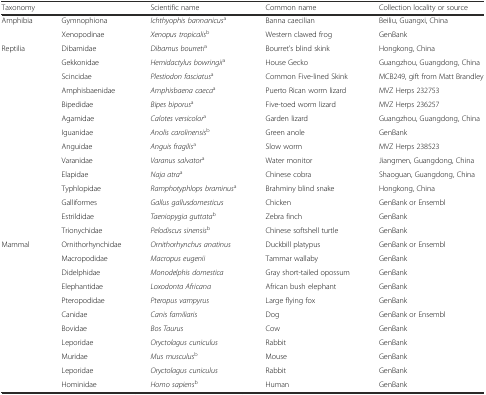
| <COLSPAN=2> Taxonomy | Scientific name | Common name | Collection locality or source |
 | --- | --- | --- | --- | --- |
 | Amphibia | Gymnophiona | Ichthyophis bannanicusa | Banna caecilian | Beiliu, Guangxi, China |
 |  | Xenopodinae | Xenopus tropicalisb | Western clawed frog | GenBank |
 | Reptilia | Dibamidae | Dibamus bourretia | Bourret's blind skink | Hongkong, China |
 |  | Gekkonidae | Hemidactylus bowringiia | House Gecko | Guangzhou, Guangdong, China |
 |  | Scincidae | Plestiodon fasciatusa | Common Five-lined Skink | MCB249, gift from Matt Brandley |
 |  | Amphisbaenidae | Amphisbaena caecaa | Puerto Rican worm lizard | MVZ Herps 232753 |
 |  | Bipedidae | Bipes biporusa | Five-toed worm lizard | MVZ Herps 236257 |
 |  | Agamidae | Calotes versicolora | Garden lizard | Guangzhou, Guangdong, China |
 |  | Iguanidae | Anolis carolinensisb | Green anole | GenBank |
 |  | Anguidae | Anguis fragilisa | Slow worm | MVZ Herps 238523 |
 |  | Varanidae | Varanus salvatora | Water monitor | Jiangmen, Guangdong, China |
 |  | Elapidae | Naja atraa | Chinese cobra | Shaoguan, Guangdong, China |
 |  | Typhlopidae | Ramphotyphlops braminusa | Brahminy blind snake | Hongkong, China |
 |  | Galliformes | Gallus gallusdomesticus | Chicken | GenBank or Ensembl |
 |  | Estrildidae | Taeniopygia guttatab | Zebra finch | GenBank |
 |  | Trionychidae | Pelodiscus sinensisb | Chinese softshell turtle | GenBank |
 | Mammal | Ornithorhynchidae | Ornithorhynchus anatinus | Duckbill platypus | GenBank or Ensembl |
 |  | Macropodidae | Macropus eugenii | Tammar wallaby | GenBank |
 |  | Didelphidae | Monodelphis domestica | Gray short-tailed opossum | GenBank |
 |  | Elephantidae | Loxodonta Africana | African bush elephant | GenBank |
 |  | Pteropodidae | Pteropus vampyrus | Large flying fox | GenBank |
 |  | Canidae | Canis familiaris | Dog | GenBank or Ensembl |
 |  | Bovidae | Bos Taurus | Cow | GenBank |
 |  | Leporidae | Oryctolagus cuniculus | Rabbit | GenBank |
 |  | Muridae | Mus musculusb | Mouse | GenBank |
 |  | Leporidae | Oryctolagus cuniculus | Rabbit | GenBank |
 |  | Hominidae | Homo sapiensb | Human | GenBank |